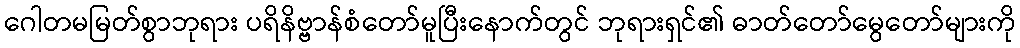
ဂေါတမမြတ်စွာဘုရား ပရိနိဗ္ဗာန်စံတော်မူပြီးနောက်တွင် ဘုရားရှင်၏ ဓာတ်တော်မွေတော်များကို